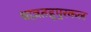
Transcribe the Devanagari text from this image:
थाज़तहूपुरकल